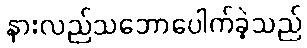
နားလည်သဘောပေါက်ခဲ့သည်